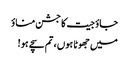
جاؤ جیت کا جشن مناؤ
میں جھوٹا ہوں ، تم سچے ہو!